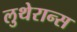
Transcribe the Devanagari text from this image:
लुथेरान्स